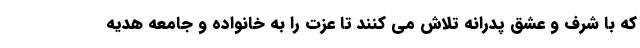
که با شرف و عشق پدرانه تلاش می کنند تا عزت را به خانواده و جامعه هدیه